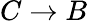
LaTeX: C\rightarrow B